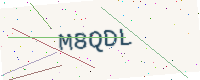
Text: M8QDL